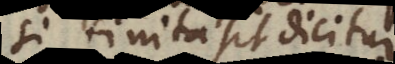
Si finita sit dicitur